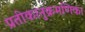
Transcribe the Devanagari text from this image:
प्रतीकानुक्रमणिका